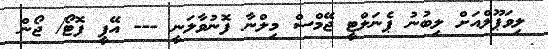
ލިވަޕޫލްއަށް ލިބުނު ޕެނަލްޓީ ޖޭމްސް މިލްނާ ފޮނުވާލަނީ --- އޭޕީ ފޮޓޯ/ ޖޯން